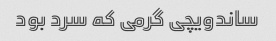
ساندویچی گرمی که سرد بود